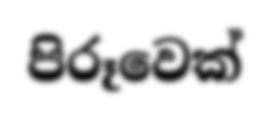
පිරූවෙක්